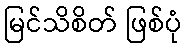
မြင်သိစိတ် ဖြစ်ပုံ